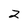
Character: 2